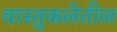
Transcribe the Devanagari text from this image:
वास्तुकलेतील